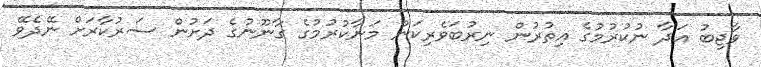
ވާޖިބު އަދާ ނުކުރުމުގެ އިތުރުން ނިރުބަވެރިކަން މަނާކުރުމުގެ ގާނޫނުގެ ދަށުން ސަރުކާރަށް ނޭދެވޭ